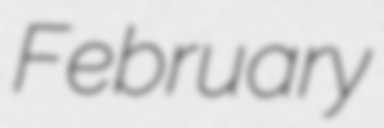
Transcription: February